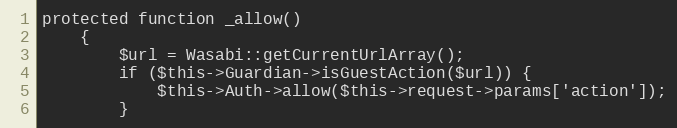
Language: PHP
protected function _allow()
    {
        $url = Wasabi::getCurrentUrlArray();
        if ($this->Guardian->isGuestAction($url)) {
            $this->Auth->allow($this->request->params['action']);
        }